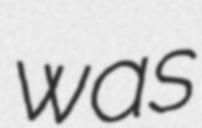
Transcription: was